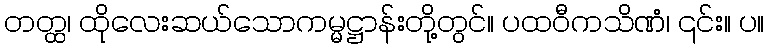
တတ္ထ၊ ထိုလေးဆယ်သောကမ္မဋ္ဌာန်းတို့တွင်။ ပထဝီကသိဏံ၊ ၎င်း။ ပ။